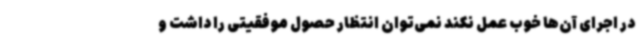
در اجرای آن‌ها خوب عمل نکند نمی‌توان انتظار حصول موفقیتی را داشت و